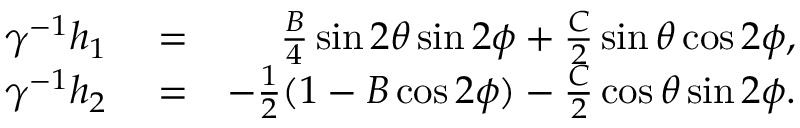
\begin{array} { r l r } { \gamma ^ { - 1 } h _ { 1 } } & { { } = } & { \frac { B } { 4 } \sin 2 \theta \sin 2 \phi + \frac { C } { 2 } \sin \theta \cos 2 \phi , } \\ { \gamma ^ { - 1 } h _ { 2 } } & { { } = } & { - \frac { 1 } { 2 } ( 1 - B \cos 2 \phi ) - \frac { C } { 2 } \cos \theta \sin 2 \phi . } \end{array}